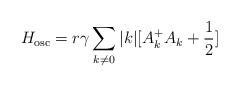
LaTeX: \begin{align*}H_{\rm osc}=r{\gamma} \sum_{k{\neq}0} |k| [ A_k^{+}A_{k} +\frac{1}{2}]\end{align*}